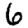
Digit: 6